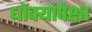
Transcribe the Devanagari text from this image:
धोक्यांपेक्षा